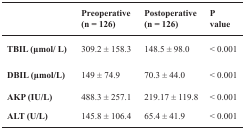
|  | Preoperative (n = 126) | Postoperative (n = 126) | P value |
 | --- | --- | --- | --- |
 | TBIL (μmol/ L) | 309.2 ± 158.3 | 148.5 ± 98.0 | < 0.001 |
 | DBIL (μmol/L) | 149 ± 74.9 | 70.3 ± 44.0 | < 0.001 |
 | AKP (IU/L) | 488.3 ± 257.1 | 219.17 ± 119.8 | < 0.001 |
 | ALT (U/L) | 145.8 ± 106.4 | 65.4 ± 41.9 | < 0.001 |